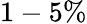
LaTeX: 1-5\%